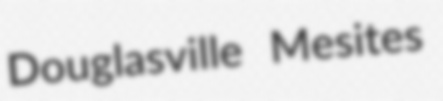
Douglasville Mesites